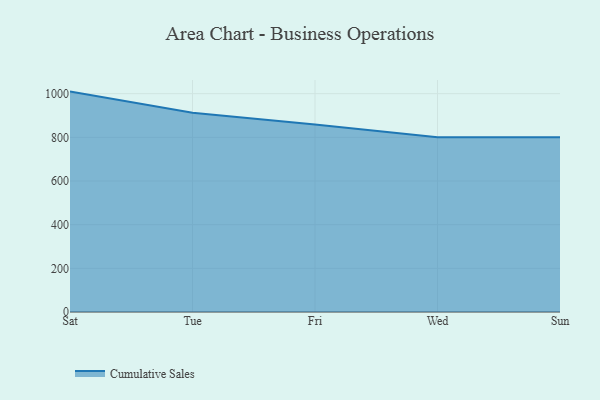
{"axis": {"x": "Day", "y": "Bounce Rate (%)"}, "legend": ["Cumulative Sales"], "data": [{"x": "Sat", "y": 1009.5, "type": "Cumulative Sales"}, {"x": "Tue", "y": 913.0, "type": "Cumulative Sales"}, {"x": "Fri", "y": 858.3, "type": "Cumulative Sales"}, {"x": "Wed", "y": 800, "type": "Cumulative Sales"}, {"x": "Sun", "y": 800, "type": "Cumulative Sales"}]}